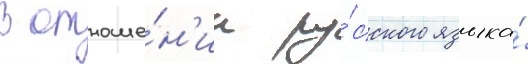
В отноше́н'ии ру́сского языка́